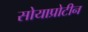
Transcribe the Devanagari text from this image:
सोयाप्रोटीन